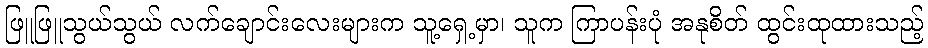
ဖြူဖြူသွယ်သွယ် လက်ချောင်းလေးများက သူ့ရှေ့မှာ၊ သူက ကြာပန်းပုံ အနုစိတ် ထွင်းထုထားသည့်